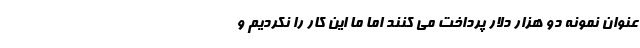
عنوان نمونه دو هزار دلار پرداخت می کنند اما ما این کار را نکردیم و